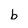
Character: b